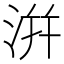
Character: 洴